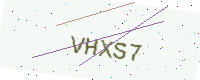
Text: VHXS7